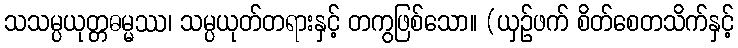
သသမ္ပယုတ္တဓမ္မဿ၊ သမ္ပယုတ်တရားနှင့် တကွဖြစ်သော။ (ယှဉ်ဖက် စိတ်စေတသိက်နှင့်